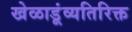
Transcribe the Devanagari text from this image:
खेळाडूंव्यतिरिक्त